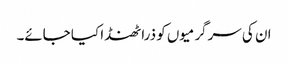
ان کی سرگرمیوں کو ذرا ٹھنڈا کیا جائے۔